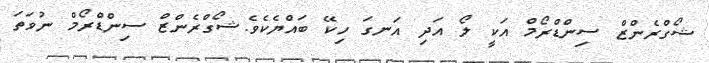
ޝޯގްރެންޒް ސިންޑްރޯމް އަކީ ލޯ އަދި އަނގަ ހިކޭ ބައްޔެކެވެ.ޝޯގްރެންޒް ސިންޑްރޯމް ނުވަތަ